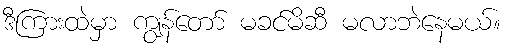
ဒီကြားထဲမှာ ကျွန်တော် မခင်မိဆီ မလာဘဲနေမယ်။